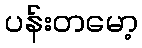
ပန်းတမော့